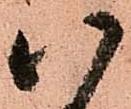
八